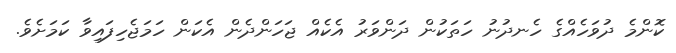
ކޮންމެ ދުވަހެއްގެ ހެނދުނު ހަތަކުން ދަންވަރު އެކެއް ޖަހަންދެން އެކަން ހަމަޖެހިފައިވާ ކަމަށެވެ.